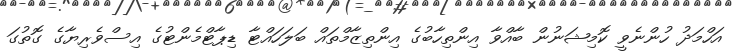
އަހްމަދު ހުންނެވީ ކޮމިޝަނުން ބާއްވާ އިންތިހާބުގެ އިންތިޒާމްތައް ބަލަހައްޓާ ޑިޕާޓްމެންޓުގެ އިސްވެރިޔާގެ ގޮތުގަ